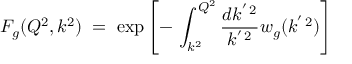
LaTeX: F _ { g } ( Q ^ { 2 } , k ^ { 2 } ) \; = \; \exp \left[ - \, \int _ { k ^ { 2 } } ^ { Q ^ { 2 } } \frac { d k ^ { ' \, 2 } } { k ^ { ' \, 2 } } w _ { g } ( k ^ { ' \, 2 } ) \right] \,